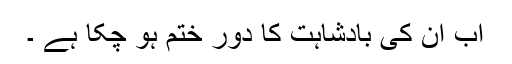
اب ان کی بادشاہت کا دور ختم ہو چکا ہے ۔